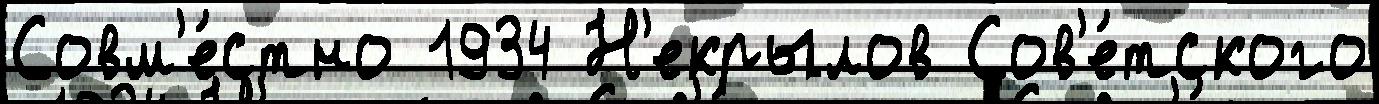
Совм'е́стно 1934 Н'екрылов Сов'е́тского